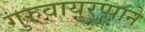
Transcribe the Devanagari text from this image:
गुरुवायुरप्पाने